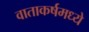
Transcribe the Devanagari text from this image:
वाताकर्षमध्ये